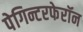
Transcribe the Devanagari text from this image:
पेगिन्टरफेरॉन